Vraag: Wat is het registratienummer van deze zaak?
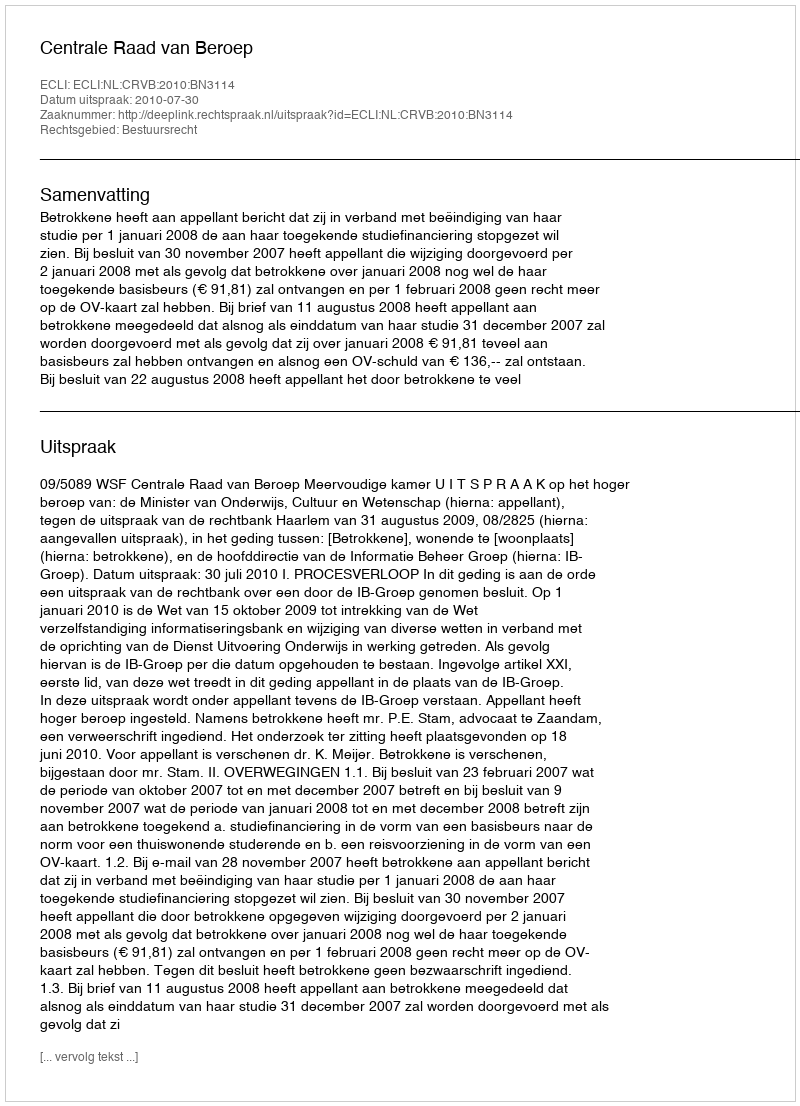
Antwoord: http://deeplink.rechtspraak.nl/uitspraak?id=ECLI:NL:CRVB:2010:BN3114